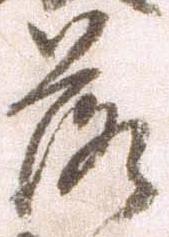
落